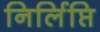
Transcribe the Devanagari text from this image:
निर्लिप्ति